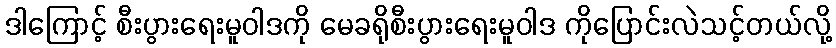
ဒါကြောင့် စီးပွားရေးမူဝါဒကို မေခရိုစီးပွားရေးမူဝါဒ ကိုပြောင်းလဲသင့်တယ်လို့